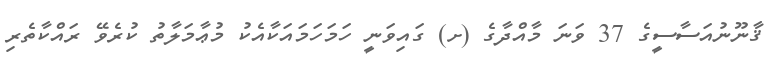
ޤާނޫނުއަސާސީގެ 37 ވަނަ މާއްދާގެ (ށ) ގައިވަނީ ހަމަހަމައަކާއެކު މުޢާމަލާތު ކުރެވޭ ރައްކާތެރި